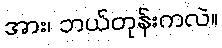
အား၊ ဘယ်တုန်းကလဲ။